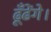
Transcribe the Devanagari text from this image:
ढूँढेंगे।